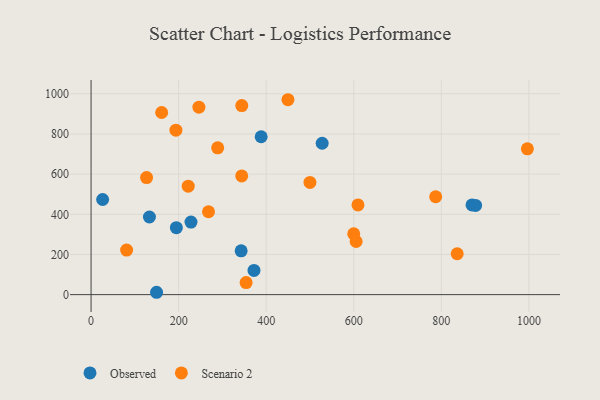
{"axis": {"x": "Ad Spend", "y": "Rating"}, "legend": ["Observed", "Scenario 2"], "data": [{"x": "228.2", "y": 361.4, "type": "Observed"}, {"x": "527.8", "y": 753.9, "type": "Observed"}, {"x": "388.5", "y": 786.2, "type": "Observed"}, {"x": "870.1", "y": 446.7, "type": "Observed"}, {"x": "26.4", "y": 473.8, "type": "Observed"}, {"x": "372.1", "y": 120.4, "type": "Observed"}, {"x": "878.3", "y": 444.4, "type": "Observed"}, {"x": "149.6", "y": 11.8, "type": "Observed"}, {"x": "194.8", "y": 333.3, "type": "Observed"}, {"x": "342.8", "y": 218.3, "type": "Observed"}, {"x": "133.3", "y": 386.5, "type": "Observed"}, {"x": "354.1", "y": 60.3, "type": "Scenario 2"}, {"x": "344.2", "y": 941.3, "type": "Scenario 2"}, {"x": "289.2", "y": 730.9, "type": "Scenario 2"}, {"x": "499.9", "y": 558.9, "type": "Scenario 2"}, {"x": "344.1", "y": 591.2, "type": "Scenario 2"}, {"x": "81.2", "y": 222.0, "type": "Scenario 2"}, {"x": "787.1", "y": 487.5, "type": "Scenario 2"}, {"x": "996.5", "y": 725.8, "type": "Scenario 2"}, {"x": "609.6", "y": 446.8, "type": "Scenario 2"}, {"x": "221.9", "y": 540.3, "type": "Scenario 2"}, {"x": "193.8", "y": 819.0, "type": "Scenario 2"}, {"x": "449.7", "y": 970.5, "type": "Scenario 2"}, {"x": "836.2", "y": 203.7, "type": "Scenario 2"}, {"x": "599.9", "y": 302.8, "type": "Scenario 2"}, {"x": "605.4", "y": 264.5, "type": "Scenario 2"}, {"x": "268.2", "y": 412.8, "type": "Scenario 2"}, {"x": "126.8", "y": 582.9, "type": "Scenario 2"}, {"x": "246.3", "y": 933.2, "type": "Scenario 2"}, {"x": "161.2", "y": 906.9, "type": "Scenario 2"}]}